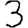
Digit: 3